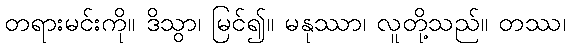
တရားမင်းကို။ ဒိသွာ၊ မြင်၍။ မနုဿာ၊ လူတို့သည်။ တဿ၊